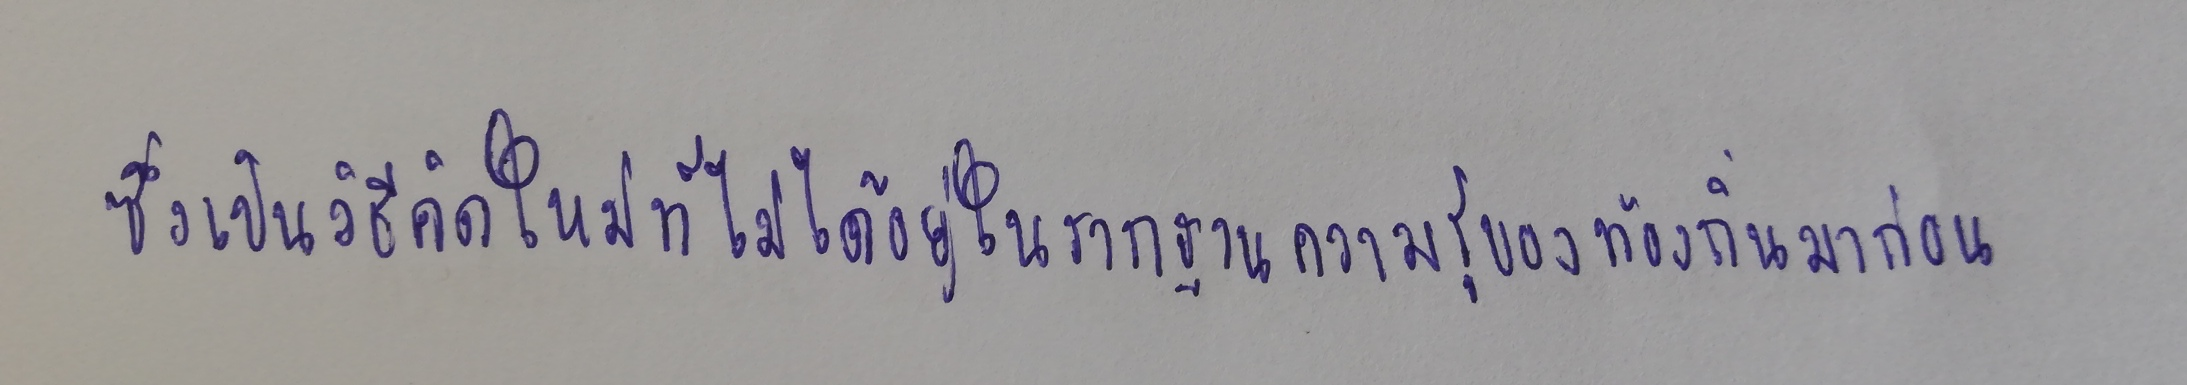
ซึ่งเป็นวิธีคิดใหม่ที่ไม่ได้อยู่ในรากฐานความรู้ของท้องถิ่นมาก่อน